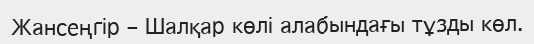
Жансеңгір – Шалқар көлі алабындағы тұзды көл.